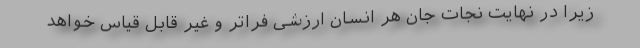
زیرا در نهایت نجات جان هر انسان ارزشی فراتر و غیر قابل قیاس خواهد